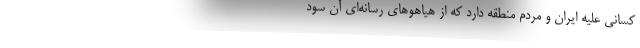
کسانی علیه ایران و مردم منطقه دارد که از هیاهوهای رسانه‌ای آن سود